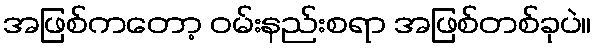
အဖြစ်ကတော့ ဝမ်းနည်းစရာ အဖြစ်တစ်ခုပဲ။